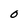
Character: O